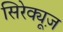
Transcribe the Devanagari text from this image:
सिरेक्यूज़